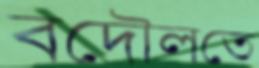
বদৌলতে